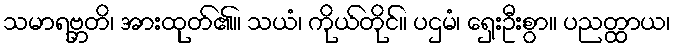
သမာရဗ္ဘတိ၊ အားထုတ်၏။ သယံ၊ ကိုယ်တိုင်။ ပဌမံ၊ ရှေးဦးစွာ။ ပညတ္ထာယ၊